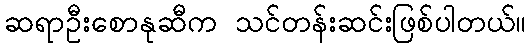
ဆရာဦးစောနုဆီက သင်တန်းဆင်းဖြစ်ပါတယ်။